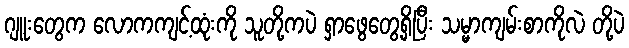
ဂျူးတွေက လောကကျင့်ထုံးကို သူတို့ကပဲ ရှာဖွေတွေ့ရှိပြီး သမ္မာကျမ်းစာကိုလဲ တို့ပဲ